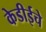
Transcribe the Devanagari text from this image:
केडीईचे